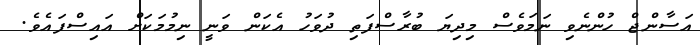
އަސާންޖް ހުންނެވި ނަމަވެސް މިދިޔަ ބުރާސްފަތި ދުވަހު އެކަން ވަނީ ނިމުމަކަށް އައިސްފައެވެ.